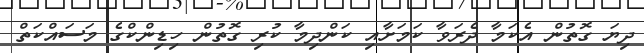
ދިޔަ ގޮތުން އެކަމާ ދެރަވާ ކަމަށާއި ކަންދިމާ ކުރި ގޮތުން ހިޑިންކްގެ މަސައްކަތް